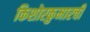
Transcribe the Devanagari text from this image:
किशोरकुमारची